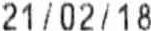
21/02/18